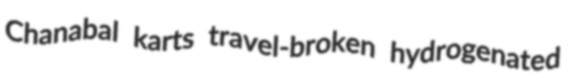
Chanabal karts travel-broken hydrogenated